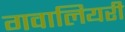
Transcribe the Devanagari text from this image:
गवालियरी